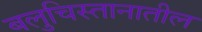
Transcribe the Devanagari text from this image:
बलुचिस्तानातील